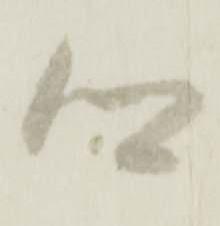
郷